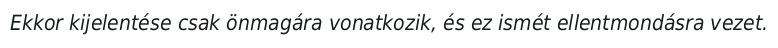
Ekkor kijelentése csak önmagára vonatkozik, és ez ismét ellentmondásra vezet.